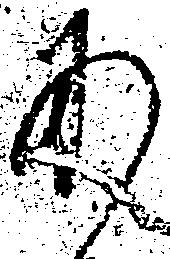
あ